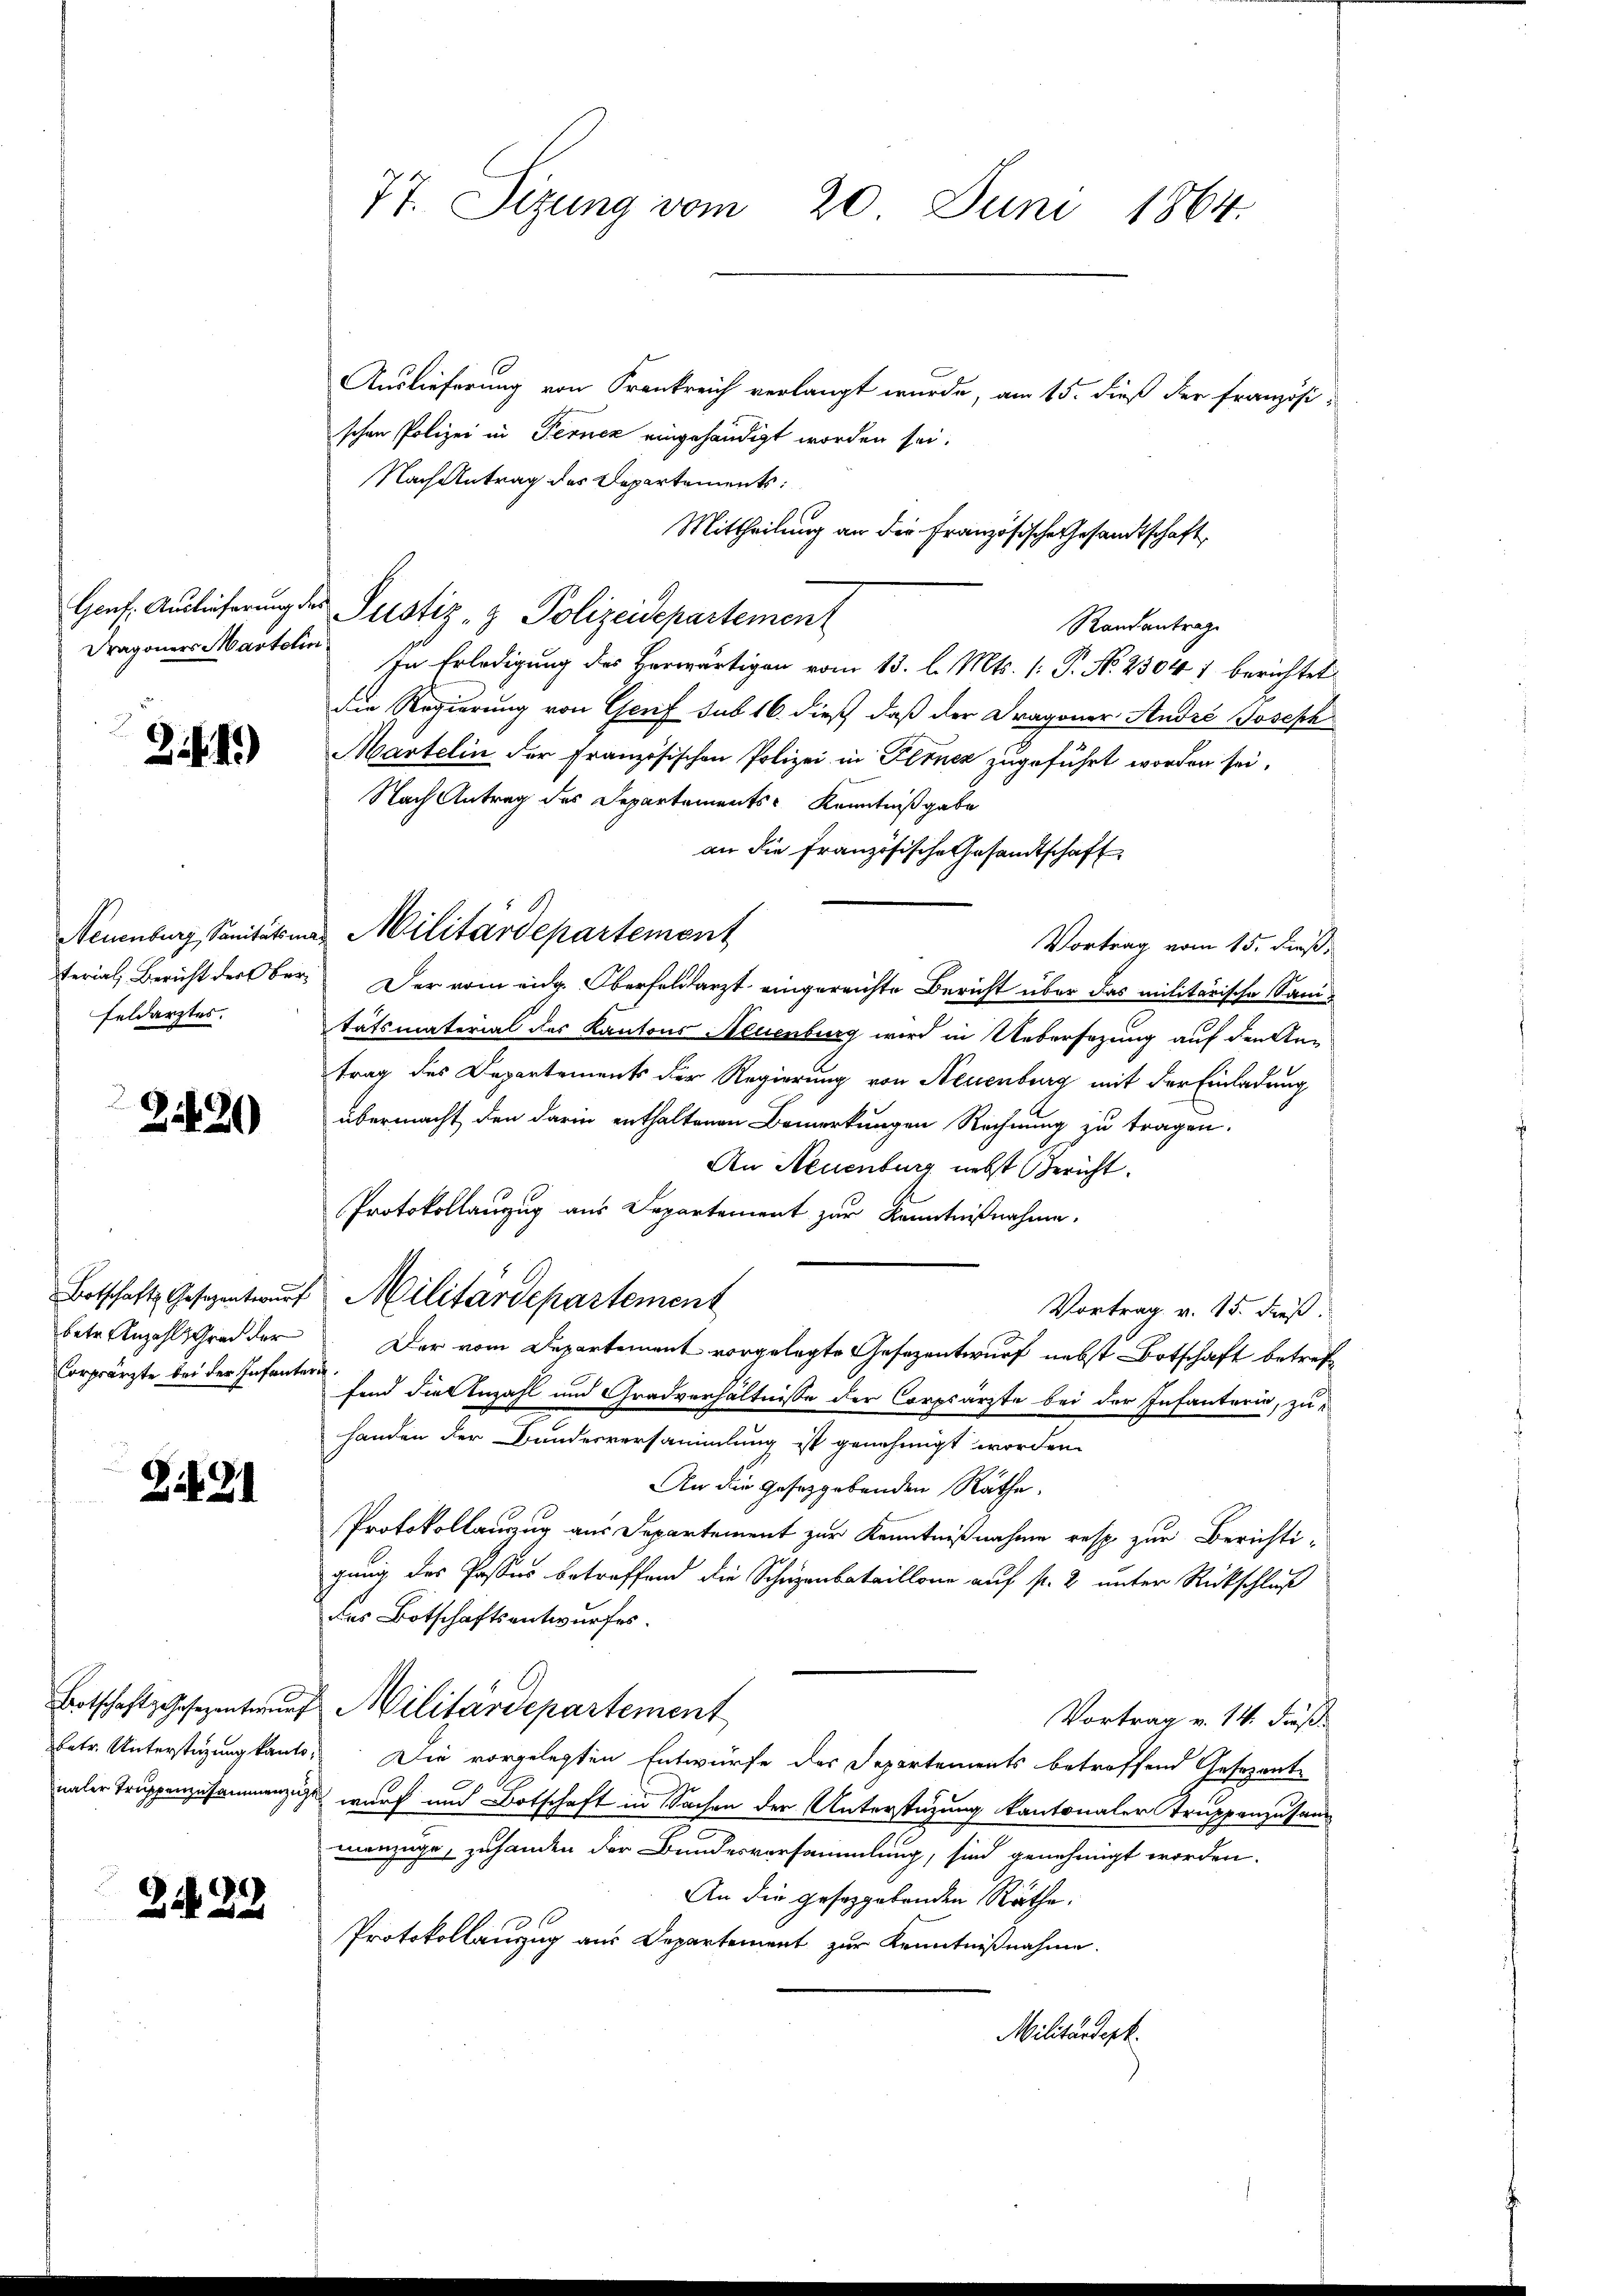
Dragoners Martolin

Zi. 1.)

Feldarztes.

2120)

Corprärzte bei der Infantern.

Z. 91

Z 22

Auslieferung von Frankreich verlangt wurde, am 15. dieß der französi-
schen Polizei in Ferner eingehändigt worden sei.
Nach Antrag des Departements:
Mittheilung an die Französische Gesandtschaft,
Genf. Auslieferung der Justiz- & Polizeidepartement
Randantrage
In Erledigung des Herwärtigen vom 13. l. Mts. (: P. No. 2304 1 berichtet
die Regierung von Gerif sub 16. dieß, daß der Dragoner André Joseph
Martelin der Französischen Polizei in Fernez zugeführt worden sei.
Nach Antrag des Departaments Kenntnißgabe
an die Französische Gesandtschaft
Neuenburg, Sanitäten Militärdepartement
Vortrag vom 15. dieß,
terial, Bericht der Ober. Der vom eidg. Oberfeldarzt eingereichte Bericht über das militärische Sanitatsmaterial des Kantons Neuenburg wird in Uebersezung auf den Antrag des Departements der Regierung von Neuenburg mit der Einladung
übermacht den darin enthaltenen Bemerkungen Rechnung zu tragen.
An Neuenburg nebst Gericht.
Protokollanzug aus Departement zur Kenntnißnahme.
Botschafts Gesezentwŭrf Militärdepartement
Vortrag v. 15. dieß.
betr. Anzahl Grad der Der vom Departement vorgelegte Gesezentwurf nebst Botschaft betreffend Fiel Anzahl und Gradverhältnisse der Corpsärzte bei der Infanterie, zu-
handen der Bundesversammlung ist genehmigt worden.
An die gesetzgebenden Räthe.
Protokollauszug aus Departement zur Kenntnißnahme resp. zur Berichtigung des Passus betreffend die Schuzenbataillone auf fl. 2 unter Rückschluß
des Botschaftsentwurfes.
Botschaftsgesezentwŭrf Militärdepartement
Vortrag v. 14. dießbetr. Unterstüzung kanto. Die vorgelegten Entwürfe des Separtements betroffend Gesezente
naler Truppenzusammenzug wurf und Botschaft in Sachen der Unterstützung kantonaler Truppenzusam
manzüge, zuhanden der Bundesversammlung, sind genehmigt worden.
An die gesetzgebenden Räthe.
Protokollanzug aus Departement zur Kenntnißnahme.
Militärdepk.

77. Sizung vom 20. Juni 1864.